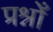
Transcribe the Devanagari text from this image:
प्रश्नोँ